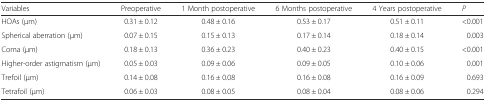
<table><thead><tr><td><b>Variables</b></td><td><b>Preoperative</b></td><td><b>1 Month postoperative</b></td><td><b>6 Months postoperative</b></td><td><b>4 Years postoperative</b></td><td><b><i>P</i></b></td></tr></thead><tbody><tr><td>HOAs (μm)</td><td>0.31 ± 0.12</td><td>0.48 ± 0.16</td><td>0.53 ± 0.17</td><td>0.51 ± 0.11</td><td>&lt;0.001</td></tr><tr><td>Spherical aberration (μm)</td><td>0.07 ± 0.15</td><td>0.15 ± 0.13</td><td>0.17 ± 0.14</td><td>0.18 ± 0.14</td><td>0.003</td></tr><tr><td>Coma (μm)</td><td>0.18 ± 0.13</td><td>0.36 ± 0.23</td><td>0.40 ± 0.23</td><td>0.40 ± 0.15</td><td>&lt;0.001</td></tr><tr><td>Higher-order astigmatism (μm)</td><td>0.05 ± 0.03</td><td>0.09 ± 0.06</td><td>0.09 ± 0.05</td><td>0.10 ± 0.06</td><td>0.001</td></tr><tr><td>Trefoil (μm)</td><td>0.14 ± 0.08</td><td>0.16 ± 0.08</td><td>0.16 ± 0.08</td><td>0.16 ± 0.09</td><td>0.693</td></tr><tr><td>Tetrafoil (μm)</td><td>0.06 ± 0.03</td><td>0.08 ± 0.05</td><td>0.08 ± 0.04</td><td>0.08 ± 0.06</td><td>0.294</td></tr></tbody></table>